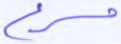
مسرع